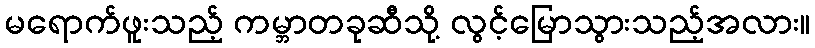
မရောက်ဖူးသည့် ကမ္ဘာတခုဆီသို့ လွင့်မြောသွားသည့်အလား။